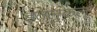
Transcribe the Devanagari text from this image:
इतलुकल्